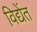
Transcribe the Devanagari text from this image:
विद्येंत